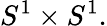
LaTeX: S^{1}\times S^{1}.